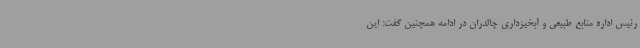
رئیس اداره منابع طبیعی و آبخیزداری چالدران در ادامه همچنین گفت: این